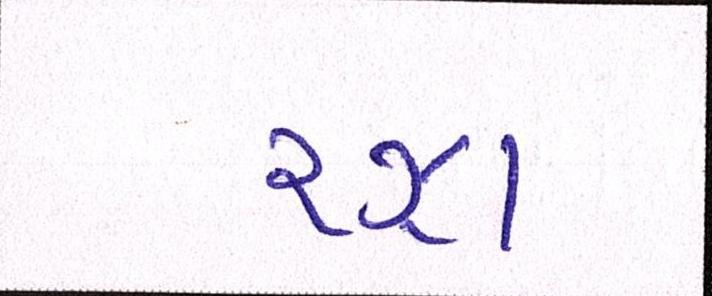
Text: રઝા